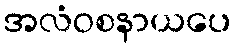
အလံဝစနာယပေ